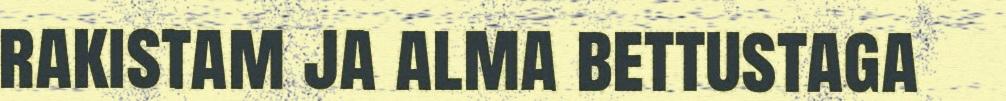
rakistam ja alma bettustaga